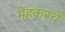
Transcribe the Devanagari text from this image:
मेहकरचे